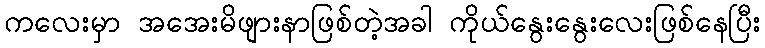
ကလေးမှာ အအေးမိဖျားနာဖြစ်တဲ့အခါ ကိုယ်နွေးနွေးလေးဖြစ်နေပြီး